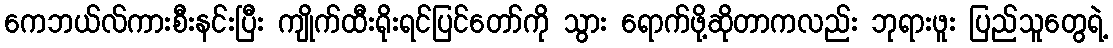
ကေဘယ်လ်ကားစီးနင်းပြီး ကျိုက်ထီးရိုးရင်ပြင်တော်ကို သွား ရောက်ဖို့ဆိုတာကလည်း ဘုရားဖူး ပြည်သူတွေရဲ့